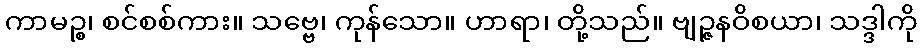
ကာမဉ္စ၊ စင်စစ်ကား။ သဗ္ဗေ၊ ကုန်သော။ ဟာရာ၊ တို့သည်။ ဗျဉ္ဇနဝိစယာ၊ သဒ္ဒါကို